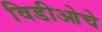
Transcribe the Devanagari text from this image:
विडीओचे